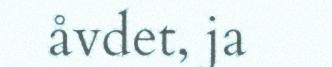
åvdet, ja